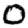
Digit: 0